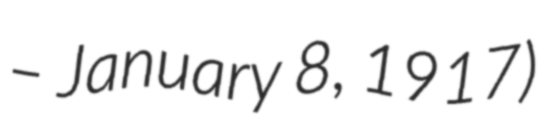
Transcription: – January 8, 1917)